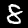
Label: 8